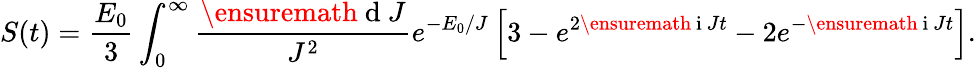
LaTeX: S(t)=\frac{E_{0}}{3}\int_{0}^{\infty}\frac{\ensuremath{\mathrm{~d~}}J}{J^{2}}e^{-E_{0}/J}\left[3-e^{2\ensuremath{\mathrm{~i~}}Jt}-2e^{-\ensuremath{\mathrm{~i~}}Jt}\right].